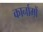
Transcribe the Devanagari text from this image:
कार्नामों